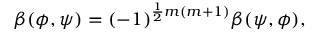
\beta ( \phi , \psi ) = ( - 1 ) ^ { { \frac { 1 } { 2 } } m ( m + 1 ) } \beta ( \psi , \phi ) ,